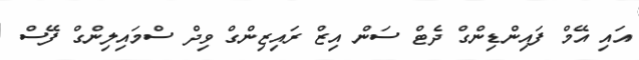
އައި އޭމް ފައިންޑިންގް ދެޓް ސަން އިޒް ރައިޒިންގް ވިދް ސްމައިލިންގް ފޭސް